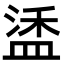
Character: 𬐦